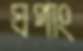
ঘপাং